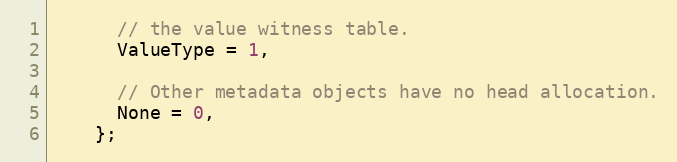
Language: C
      // the value witness table.
      ValueType = 1,

      // Other metadata objects have no head allocation.
      None = 0,
    };